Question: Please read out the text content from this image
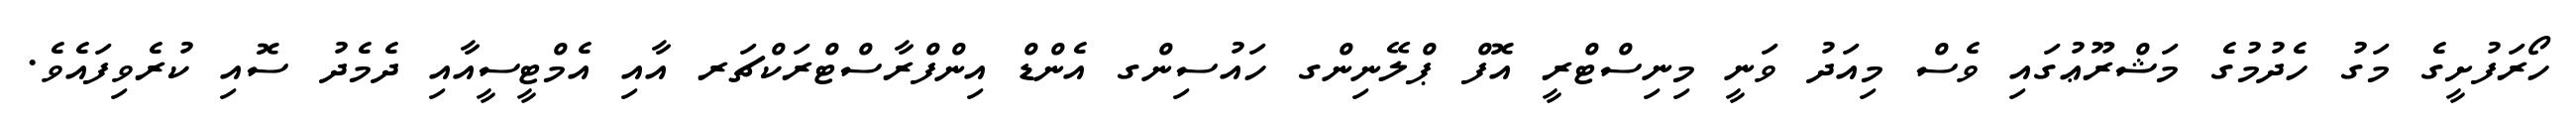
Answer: ހޯރަފުށީގެ މަގު ހެދުމުގެ މަޝްރޫޢުގައި ވެސް މިއަދު ވަނީ މިނިސްޓްރީ އޮފް ޕްލޭނިންގ ހައުސިންގ އެންޑް އިންފްރާސްޓްރަކްޗަރ އާއި އެމްޓީސީއާއި ދެމެދު ސޮއި ކުރެވިފައެވެ.